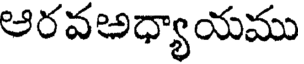
ఆరవఅధ్యాయము